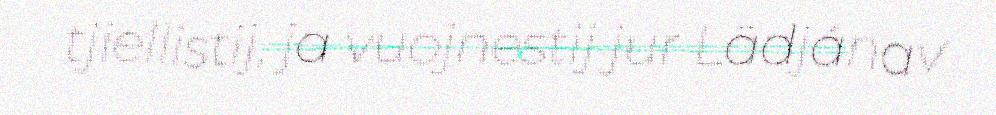
tjiellistij, ja vuojnestij jur Lädjánav